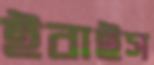
ইবাইস